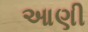
આણી